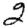
Digit: 2